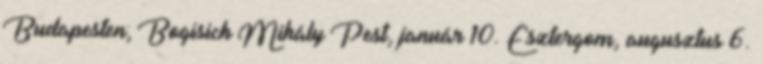
Budapesten; Bogisich Mihály Pest, január 10. Esztergom, augusztus 6.